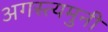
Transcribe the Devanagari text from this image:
अगस्त्यमुनी